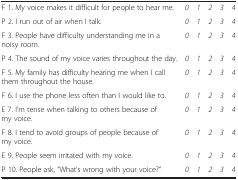
<table><thead><tr><td colspan="6">[EMPTY_CELL]</td></tr></thead><tbody><tr><td>F 1. My voice makes it difficult for people to hear me.</td><td><i>0</i></td><td><i>1</i></td><td><i>2</i></td><td><i>3</i></td><td><i>4</i></td></tr><tr><td>P 2. I run out of air when I talk.</td><td><i>0</i></td><td><i>1</i></td><td><i>2</i></td><td><i>3</i></td><td><i>4</i></td></tr><tr><td>F 3. People have difficulty understanding me in a noisy room.</td><td><i>0</i></td><td><i>1</i></td><td><i>2</i></td><td><i>3</i></td><td><i>4</i></td></tr><tr><td>P 4. The sound of my voice varies throughout the day.</td><td><i>0</i></td><td><i>1</i></td><td><i>2</i></td><td><i>3</i></td><td><i>4</i></td></tr><tr><td>F 5. My family has difficulty hearing me when I call them throughout the house.</td><td><i>0</i></td><td><i>1</i></td><td><i>2</i></td><td><i>3</i></td><td><i>4</i></td></tr><tr><td>F 6. I use the phone less often than I would like to.</td><td><i>0</i></td><td><i>1</i></td><td><i>2</i></td><td><i>3</i></td><td><i>4</i></td></tr><tr><td>E 7. I’m tense when talking to others because of my voice.</td><td><i>0</i></td><td><i>1</i></td><td><i>2</i></td><td><i>3</i></td><td><i>4</i></td></tr><tr><td>F 8. I tend to avoid groups of people because of my voice.</td><td><i>0</i></td><td><i>1</i></td><td><i>2</i></td><td><i>3</i></td><td><i>4</i></td></tr><tr><td>E 9. People seem irritated with my voice.</td><td><i>0</i></td><td><i>1</i></td><td><i>2</i></td><td><i>3</i></td><td><i>4</i></td></tr><tr><td>P 10. People ask, “What’s wrong with your voice?”</td><td><i>0</i></td><td><i>1</i></td><td><i>2</i></td><td><i>3</i></td><td><i>4</i></td></tr></tbody></table>